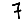
Digit: 7